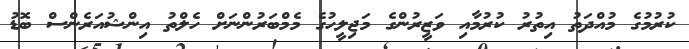
ކުރުމުގެ މުއްދަތު އިތުރު ކުރުމާއި ވަޒީރުންގެ މަޖިލީހުގެ މެމްބަރުންނަށް ހެލްތު އިންޝުއަރެންސް ބޮޑު